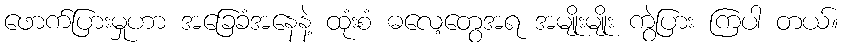
ဖောက်ပြားမှုဟာ အခြေခံအနေနဲ့ ထုံးစံ ဓလေ့တွေအရ အမျိုးမျိုး ကွဲပြား ကြပါ တယ်။